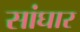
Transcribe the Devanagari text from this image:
सांघार